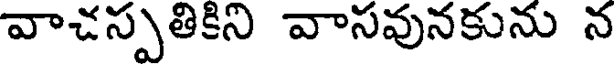
వాచస్పతికిని వాసవునకును న